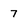
Character: 7